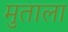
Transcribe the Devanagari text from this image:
मुताला